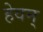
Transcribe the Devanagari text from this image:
हेवन्